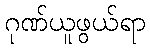
ဂုဏ်ယူဖွယ်ရာ